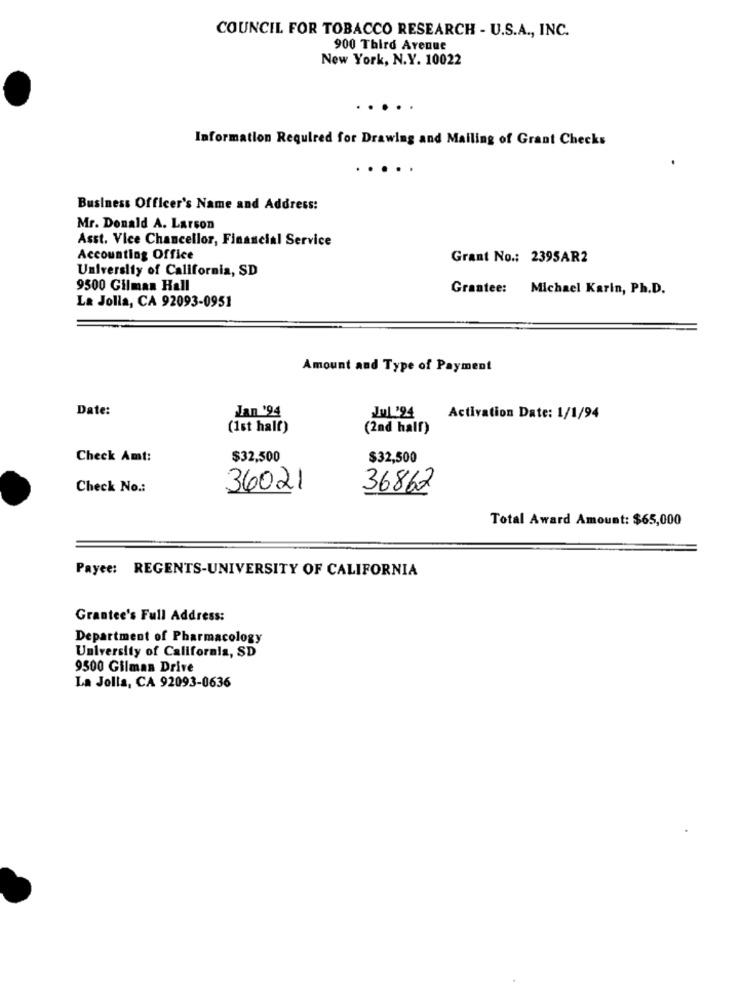
COUNCIL FOR TOBACCO RESEARCH - U.S.A ., INC.
900 Third Avenue
New York, N.Y. 10022
. .
Information Required for Drawing and Mailing of Grant Checks
.....
Business Officer's Name and Address:
Mr. Donald A. Larson
Asst. Vice Chancellor, Financial Service
Accounting Office
Grant No .: 2395AR2
University of California, SD
9500 Gilman Hall
Grantee: Michael Karin, Ph.D.
La Jolla, CA 92093-0951
Amount and Type of Payment
Date:
Jan '94
Jul'94
Activation Date: 1/1/94
(1st half)
(2nd half)
Check Amt:
$32,500
$32,500
Check No .:
36021
36862
Total Award Amount: $65,000
Payee: REGENTS-UNIVERSITY OF CALIFORNIA
Grantee's Full Address:
Department of Pharmacology
University of California, SD
9500 Gilman Drive
La Jolla, CA 92093-0636